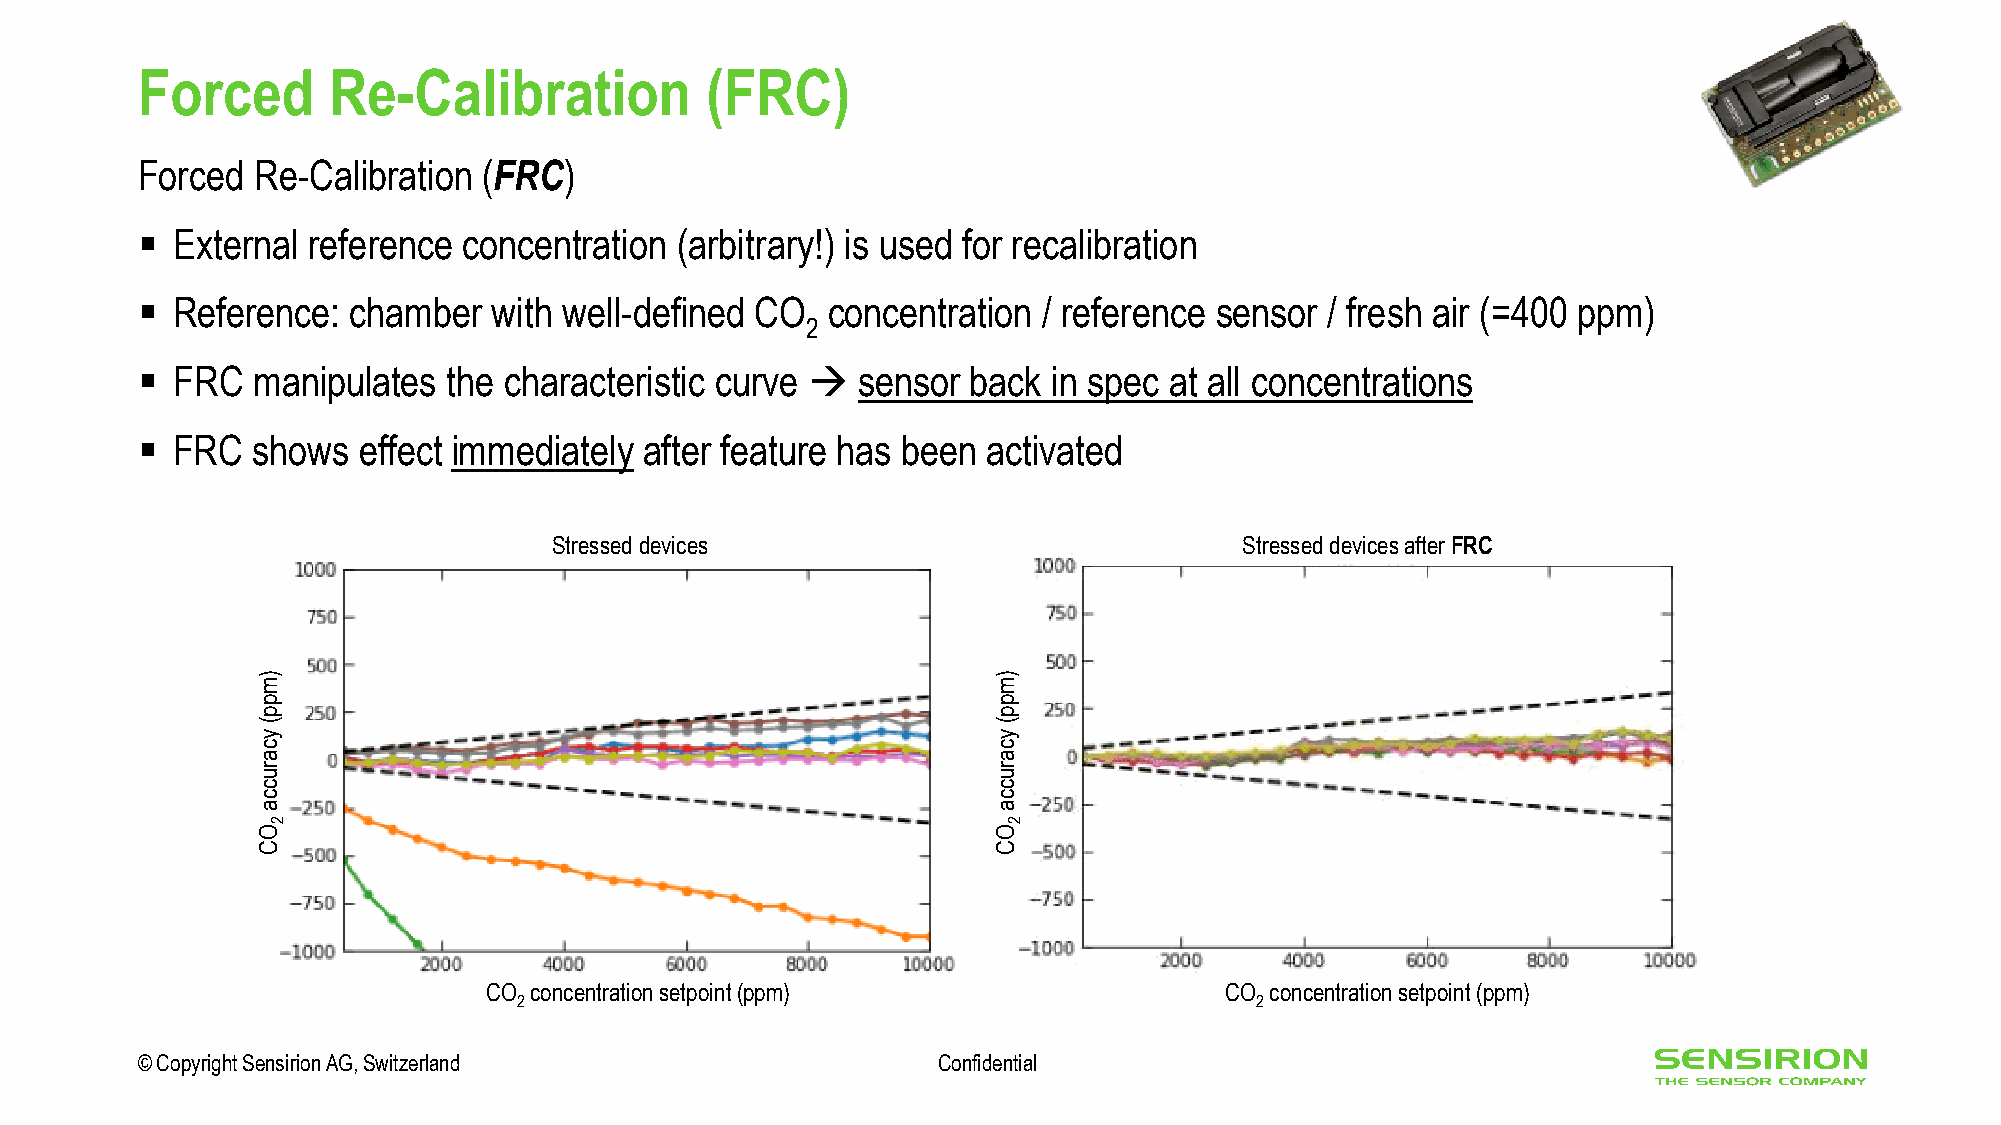
Forced       Re-Calibration           (FRC)
 Forced  Re-Calibration (FRC)
 ▪ External reference  concentration (arbitrary!) is used for recalibration
 ▪ Reference:  chamber   with well-defined CO  concentration / reference sensor / fresh air (=400 ppm)
 2
 ▪ FRC   manipulates  the characteristic curve → sensor back  in spec at all concentrations
 ▪ FRC   shows  effect immediately after feature has been activated
 Stresseddevices                              Stresseddevicesafter FRC
 )                                                )
 m                                                m
 p                                                p
 p                                                p
 (                                                (
 y            Plot                                y
 c a                                              c a             Plot
 r                                                r
 u                                                u
 c                                                c
 c                                                c
 a                                                a
 2                                                2
 O                                                O
 C                                                C
 CO concentrationsetpoint(ppm)                    CO concentrationsetpoint(ppm)
 2                                                2
 © Copyright Sensirion AG, Switzerland                Confidential